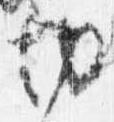
切